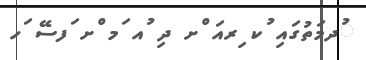
ުދމަތުގައި ުކ ިރއަ ްށ ދި ުއ ަމ ްށ ަފސޭ ަހ